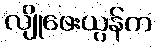
လျိုဖေးယွန်က